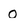
Character: 0